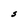
Character: S